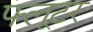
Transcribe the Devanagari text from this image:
फ्लूटर